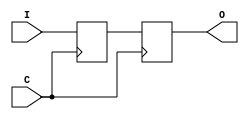
`timescale 1ns / 1ns

// I'm not going to write a test bench for this module,
// but rather assume that if this breaks,
// all the modules that use it will also break.
module reg_tech_cdc(
    input I,
    input C,
    output O
);

// Probably OK to stack up various vendor-specific attribues here.
// If incompatibilities are discovered, maybe they can be addressed
// with preprocessor magic.
// Worst-case, you can make a pin-compatible module that
// does black-block instantiation.
(* ASYNC_REG = "TRUE" *) (* magic_cdc *) reg r1=0;
(* ASYNC_REG = "TRUE" *) reg r2=0;
always @(posedge C) begin
    r1 <= I;
    r2 <= r1;
end
assign O = r2;

endmodule